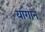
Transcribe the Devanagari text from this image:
यागान